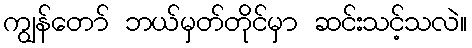
ကျွန်တော် ဘယ်မှတ်တိုင်မှာ ဆင်းသင့်သလဲ။